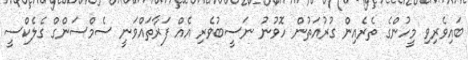
ބައިވެރިވި މީހުންގެ ތެރެއިން ގުުރުއަތުން ހޮވުނު ނަސީބުވެރި އެއް ފަރާތައްވަނީ ސެމްސަންގް ގެލެކްސީ